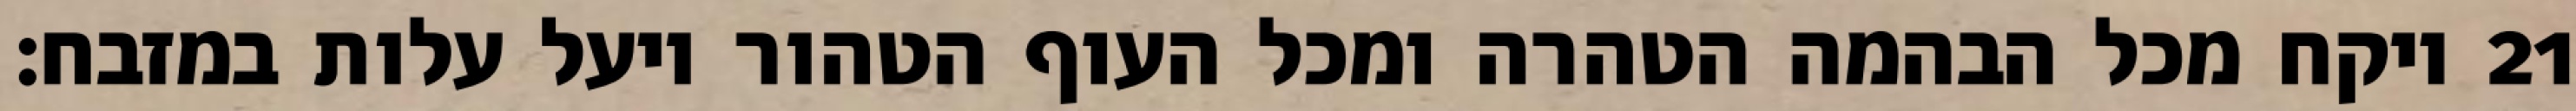
ויקח מכל הבהמה הטהרה ומכל העוף הטהור ויעל עלות במזבח׃ ‎21‏